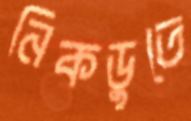
নিকডুতে